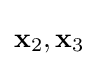
\mathbf {x} _{2},\mathbf {x} _{3}